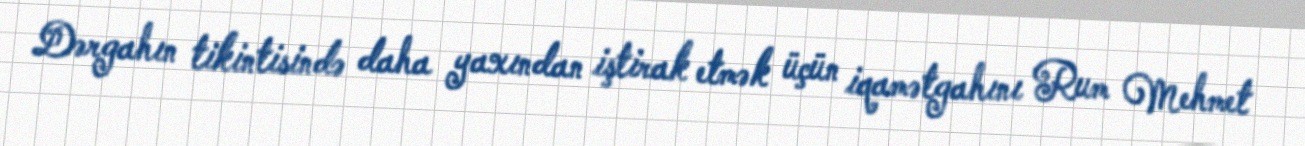
Dərgahın tikintisində daha yaxından iştirak etmək üçün iqamətgahını Rum Mehmet